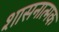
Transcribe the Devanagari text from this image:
शासनात्मक